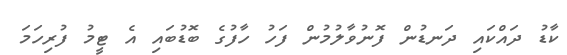
ކާޑު ދައްކައި ދަނޑުން ފޮނުވާލުމުން ފަހު ހާފުގެ ބޮޑުބައި އެ ޓީމު ފުރިހަމަ